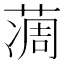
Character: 𦶌